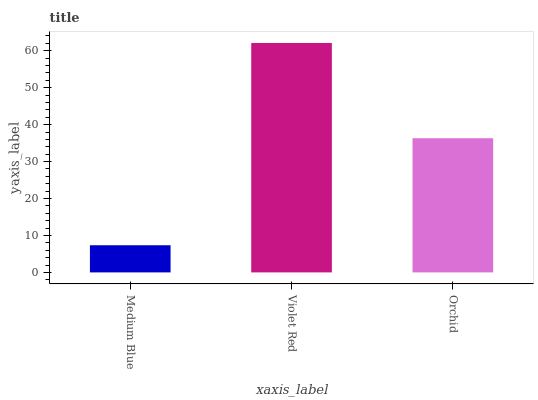
| xaxis_label | bars |
 | --- | --- |
 | Medium Blue | 7.35 |
 | Violet Red | 62.1 |
 | Orchid | 36.3 |